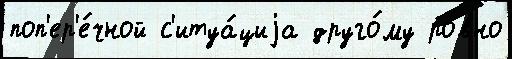
поп'ер'е́чной с'итуа́циjа друго́му ро́вно